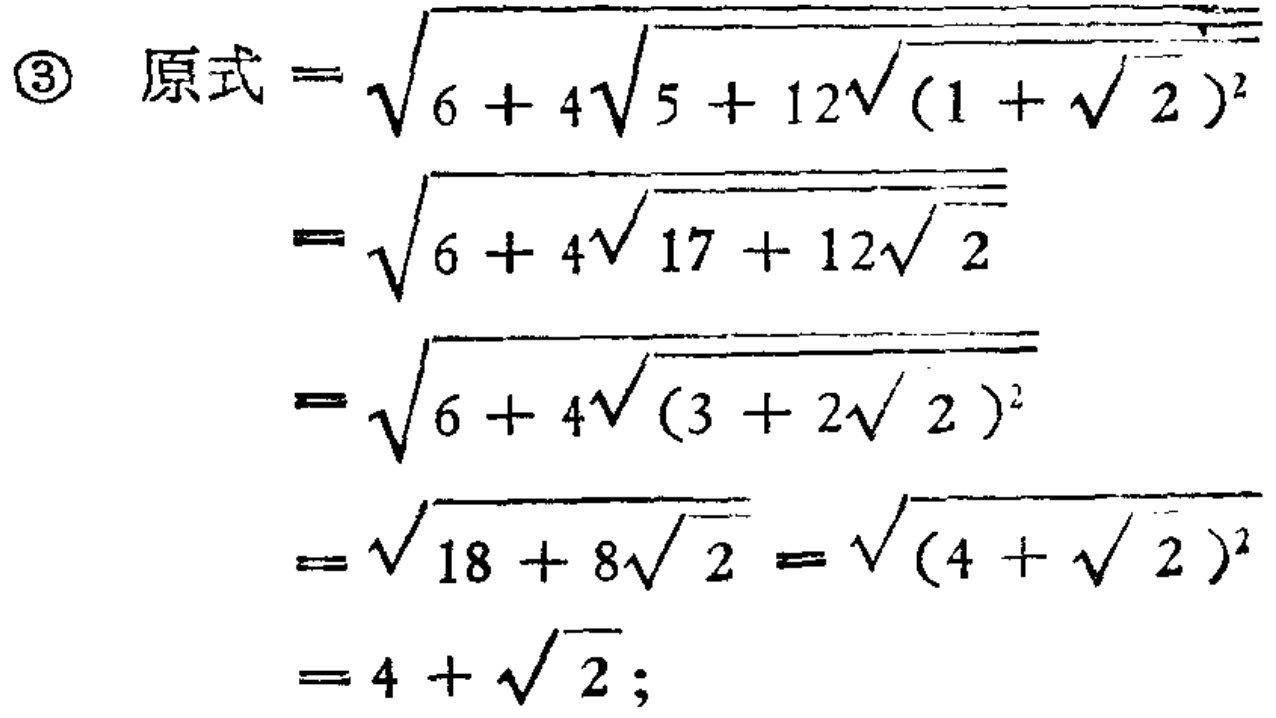
\[

\begin{align*}

\text{原式}&=\sqrt{6 + 4\sqrt{5 + 12\sqrt{(1 + \sqrt{2})^2}}}\\

&=\sqrt{6 + 4\sqrt{17 + 12\sqrt{2}}}\\

&=\sqrt{6 + 4\sqrt{(3 + 2\sqrt{2})^2}}\\

&=\sqrt{18 + 8\sqrt{2}}=\sqrt{(4 + \sqrt{2})^2}\\

&=4+\sqrt{2};

\end{align*}

\]